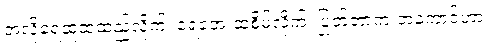
အဲလိုရေဆူထဲထည့်လိုက်၊ ရေအေးထဲစိမ်လိုက်၊ ပြုတ်တာက ဘဲကောင်ဟာ